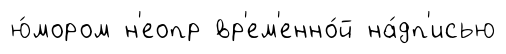
ю́мором н'еопр вр'ем'енно́й на́дп'исью